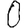
Digit: 0